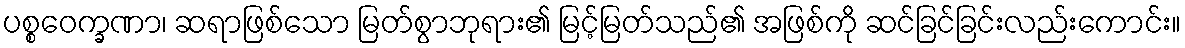
ပစ္စဝေက္ခဏာ၊ ဆရာဖြစ်သော မြတ်စွာဘုရား၏ မြင့်မြတ်သည်၏ အဖြစ်ကို ဆင်ခြင်ခြင်းလည်းကောင်း။